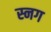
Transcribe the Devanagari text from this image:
स्नग